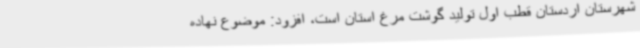
شهرستان اردستان قطب اول تولید گوشت مرغ استان است، افزود: موضوع نهاده